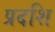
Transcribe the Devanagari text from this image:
प्रदशि